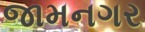
જામનગર